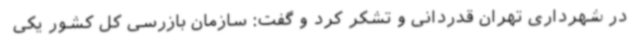
در شهرداری تهران قدردانی و تشکر کرد و گفت: سازمان بازرسی کل کشور یکی